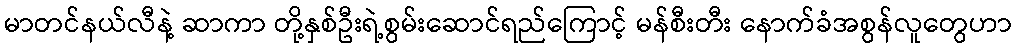
မာတင်နယ်လီနဲ့ ဆာကာ တို့နှစ်ဦးရဲ့စွမ်းဆောင်ရည်ကြောင့် မန်စီးတီး နောက်ခံအစွန်လူတွေဟာ